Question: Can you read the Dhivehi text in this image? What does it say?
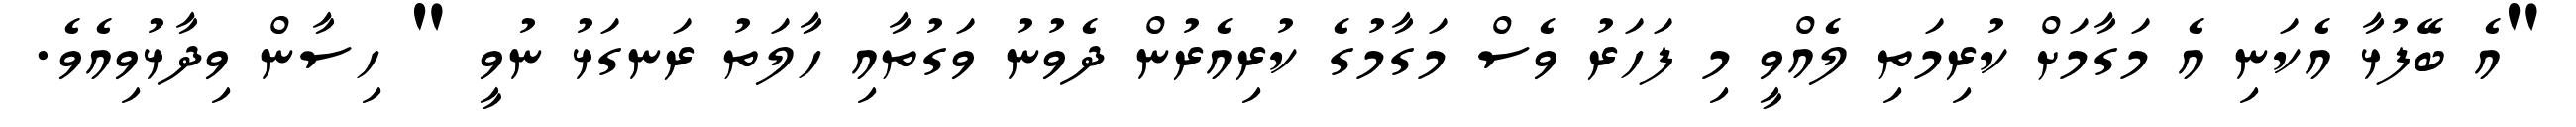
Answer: "އެ ބޭފުޅާ އެކަނި އެ މަގާމަށް ކުރިމަތި ލެއްވީ މި ފަހަރު ވެސް މަގާމުގެ ކުރިއެރުން ދެވުނު ވަގުތާއި ހާލަތު ރަނގަޅު ނުވީ " ހިސާން ވިދާޅުވިއެވެ.